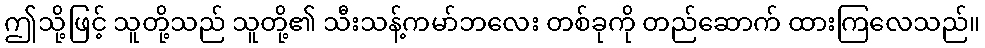
ဤသို့ဖြင့် သူတို့သည် သူတို့၏ သီးသန့်ကမာ်ဘလေး တစ်ခုကို တည်ဆောက် ထားကြလေသည်။